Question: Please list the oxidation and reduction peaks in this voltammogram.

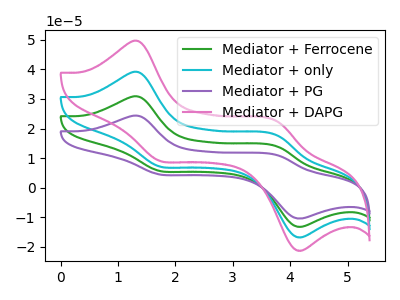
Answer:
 <answer>The green curve "Mediator + Ferrocene" has anodic peaks at (1.35V, 78.25uA) (3.75V, 35.30uA) and cathodic peaks at (1.70V, 14.30uA) (4.10V, -33.30uA). The cyan curve "Mediator + only" has anodic peaks at (1.35V, 39.10uA) (3.75V, 17.65uA) and cathodic peaks at (1.70V, 7.15uA) (4.10V, -16.65uA). The purple curve "Mediator + PG" has anodic peaks at (1.35V, 117.35uA) (3.75V, 52.95uA) and cathodic peaks at (1.70V, 21.45uA) (4.10V, -49.95uA). The pink curve "Mediator + DAPG" has anodic peaks at (1.35V, 49.60uA) (3.75V, 22.40uA) and cathodic peaks at (1.70V, 9.05uA) (4.10V, -21.10uA).</answer>
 <eval></eval>